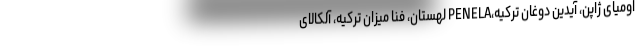
اومیای ژاپن، آیدین دوغان ترکیه،PENELA لهستان، فنا میزان ترکیه، آلکالای